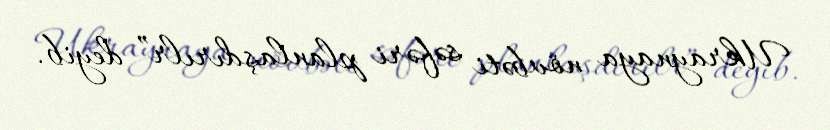
Ukraynaya növbəti səfəri planlaşdırılr” deyib.